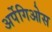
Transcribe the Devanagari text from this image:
अर्पेगिओस